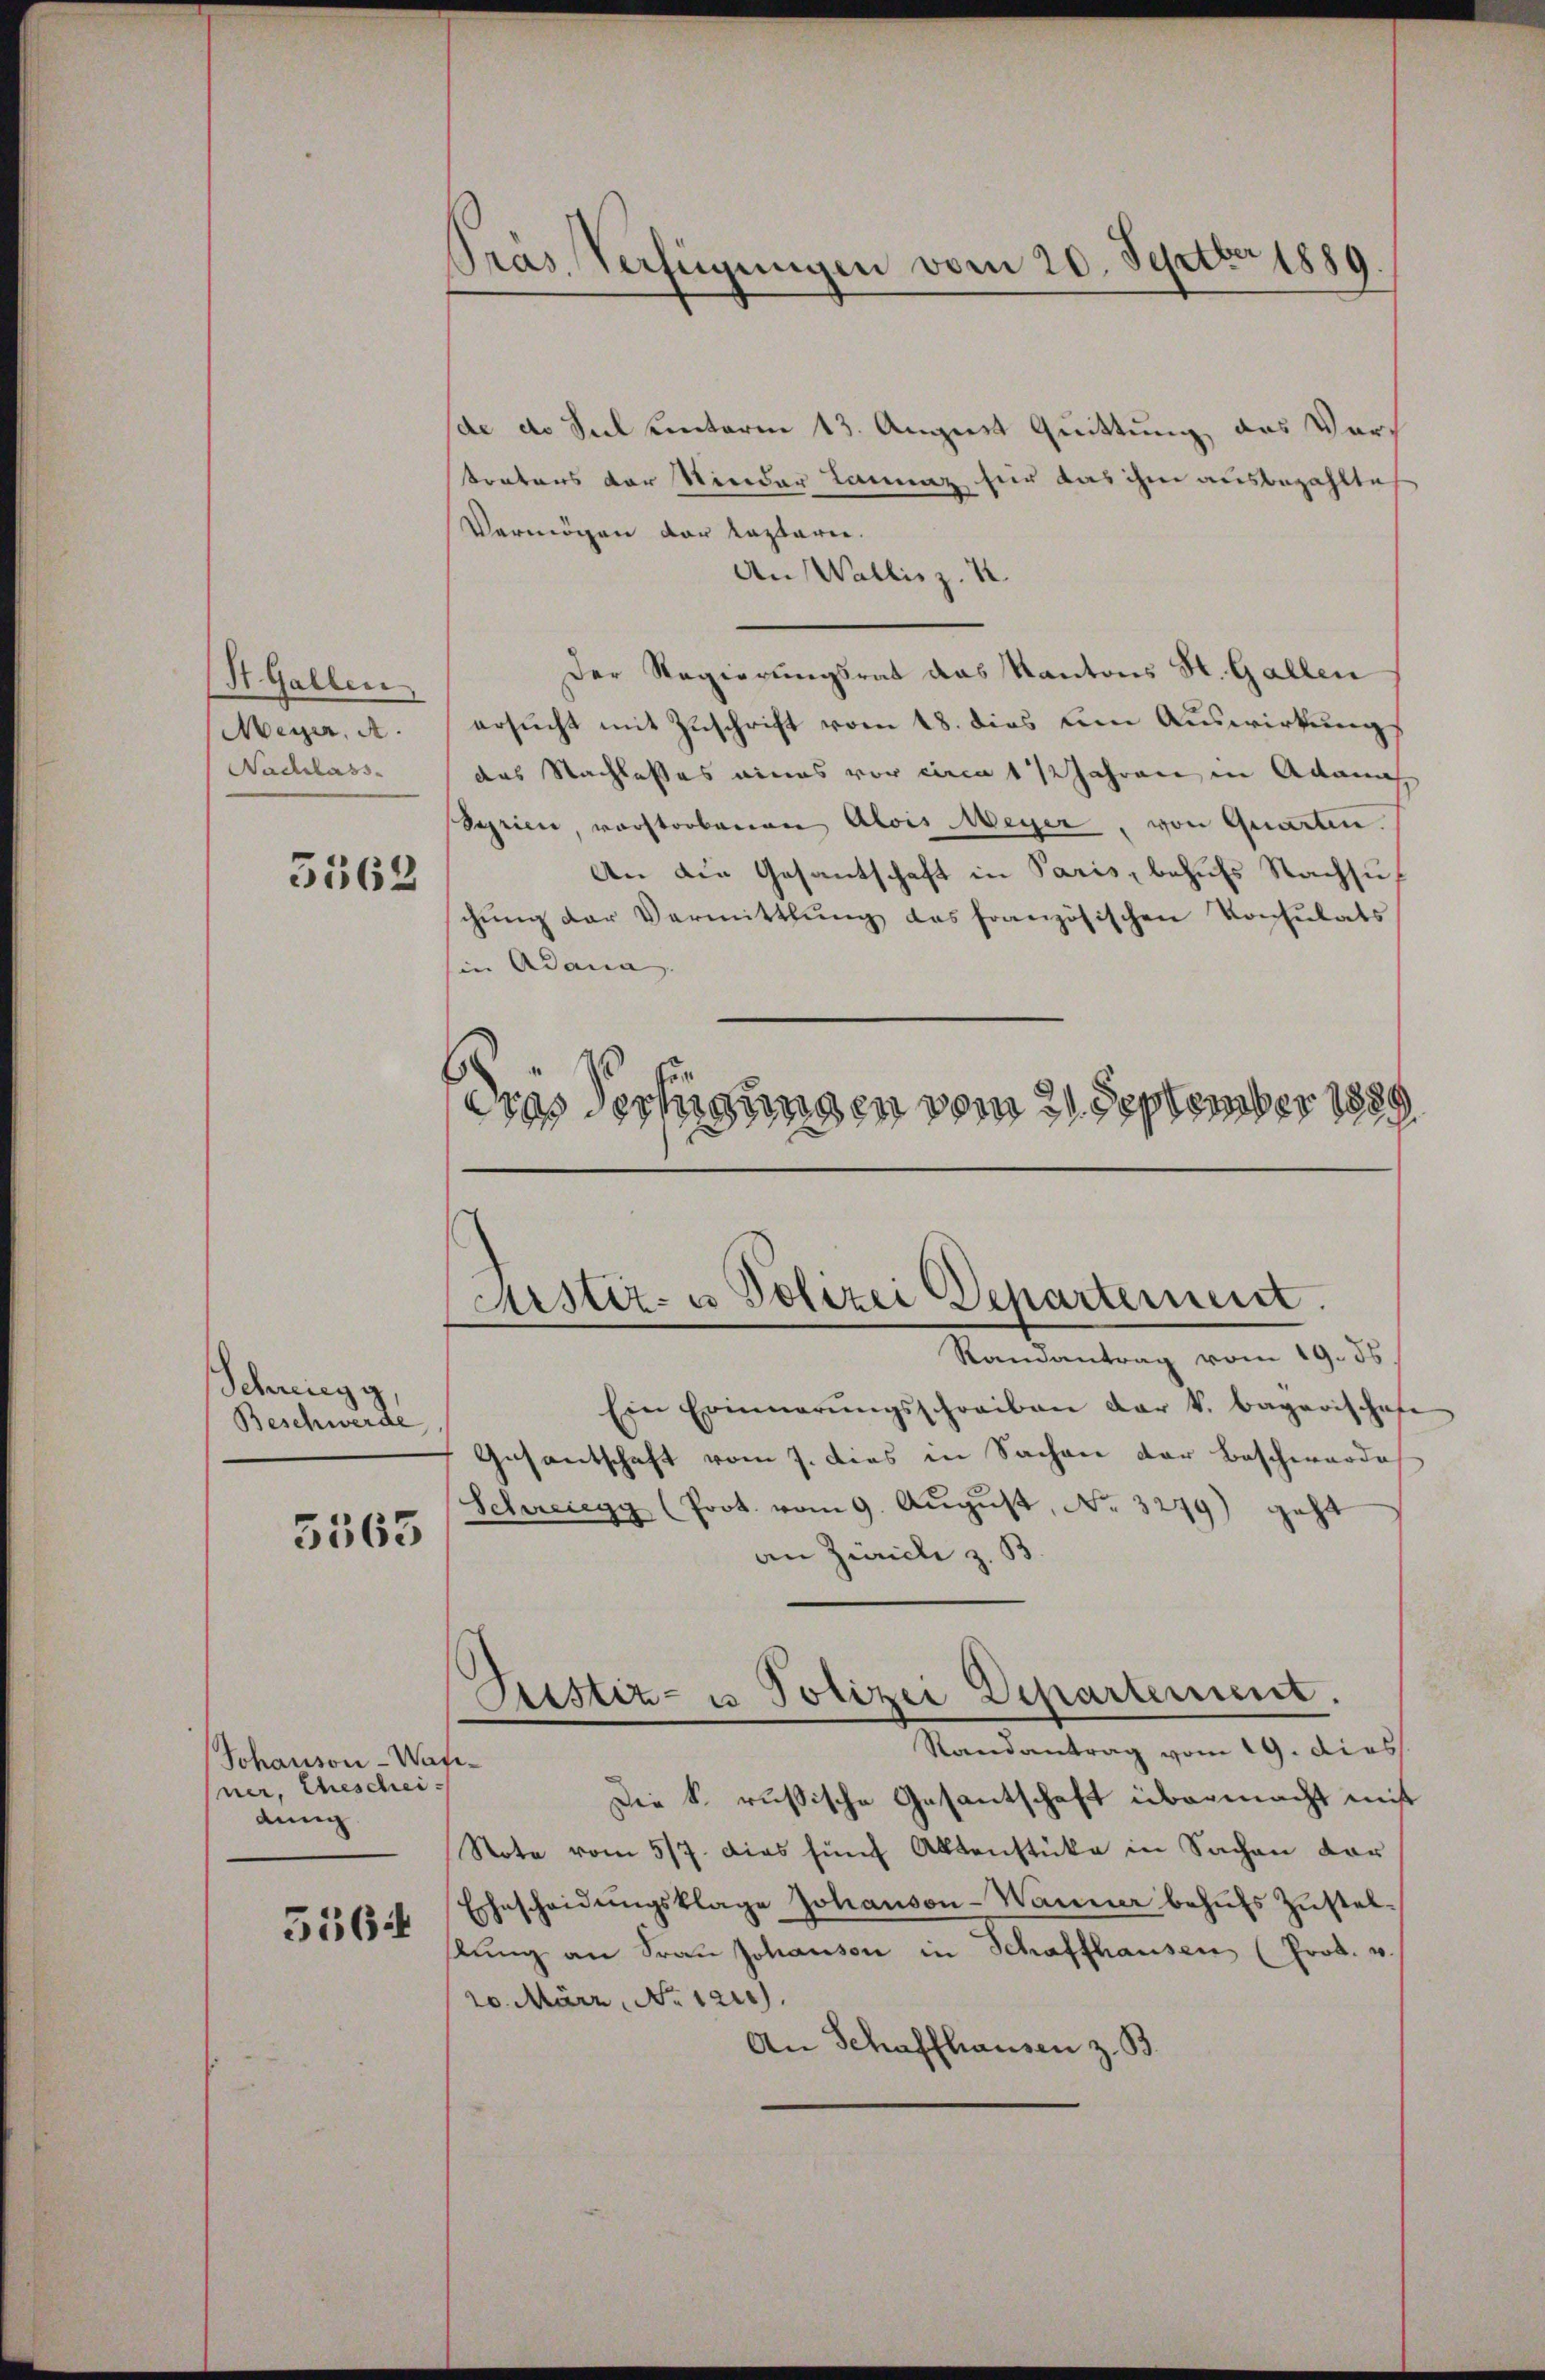
St. Gallen,
Meyer, A.
Nachlass

5162

Schwieg g
Beschwerde

5563

Johanson-Wase
ner, Ehescheidung

5564

Präs. Verfügungen vom 20. Septber 1889

de de Seel Centoren 13. August Quittung das Vortontens der Nieder Lanz für das ihm ausbezahlte
Vermögen der Katarie.
An Wallis z. B.
Der Regierungsrat das Kantons St. Gallen
ersucht mit Zuschrift vom 18. dies um Auswirkungs
das Nachlasses eines vor circa 1 1/2 Jahren in Adam
Serien, vorstorbenen Alois Meyer, von Quarten.
An die Gesantschaft in Paris, behufs Nachsuch
chŭng der Vermitthŭng das französischen Konsulats
in Adama
dies Verfügungen vom 21. September 1889

Randantrag vom 19. ds
Ein Erinnerŭngsschreiben der k. bagarischafe
Gasantschaft vom 7. dies in Sachen der Beschwerde
Schweregg (Prot. vom 9. August, No. 3279) geht
an Zürich z. B.
Randantrag vom 19. dies
Die k. russische Gesantschaft übermacht mit
Stote vom 5/7. dies fünf Aktenstücke in Sachen der
Ehescheidŭngsklage Johanson-Wanner behŭfs Zŭstellŭng an Frau Johansen in Schaffhausen (Prot. v.
20. März, No 1210).
An Schaffhausen z. B.

Kister- u Polizei Departement.

Sistiz- u. Polizei Departement.